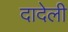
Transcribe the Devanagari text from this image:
दादेली